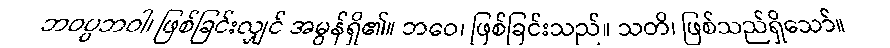
ဘဝပ္ပဘဝါ၊ ဖြစ်ခြင်းလျှင် အမွန်ရှိ၏။ ဘဝေ၊ ဖြစ်ခြင်းသည်။ သတိ၊ ဖြစ်သည်ရှိသော်။